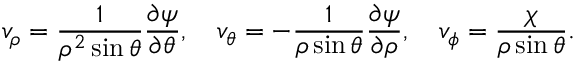
v _ { \rho } = \frac { 1 } { \rho ^ { 2 } \sin { \theta } } \frac { \partial \psi } { \partial \theta } , \quad v _ { \theta } = - \frac { 1 } { \rho \sin { \theta } } \frac { \partial \psi } { \partial \rho } , \quad v _ { \phi } = \frac { \chi } { \rho \sin { \theta } } .